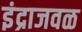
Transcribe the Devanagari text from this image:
इंद्राजवळ